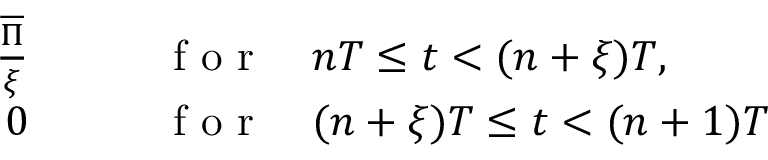
\begin{array} { r l } { \frac { \overline { { \Pi } } } { \xi } \qquad } & { { } \mathrm { ~ f ~ o ~ r ~ } \quad n T \le t < ( n + \xi ) T , } \\ { 0 \qquad } & { { } \mathrm { ~ f ~ o ~ r ~ } \quad ( n + \xi ) T \le t < ( n + 1 ) T } \end{array}